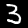
Label: 3